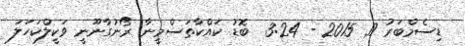
ޑިސެމްބަރު 17